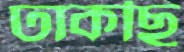
ঢাকছি